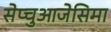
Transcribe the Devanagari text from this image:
सेप्चुआजेसिमा